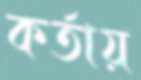
কর্তায়